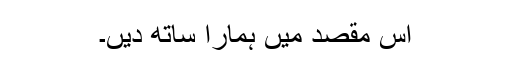
اس مقصد میں ہمارا ساتھ دیں۔